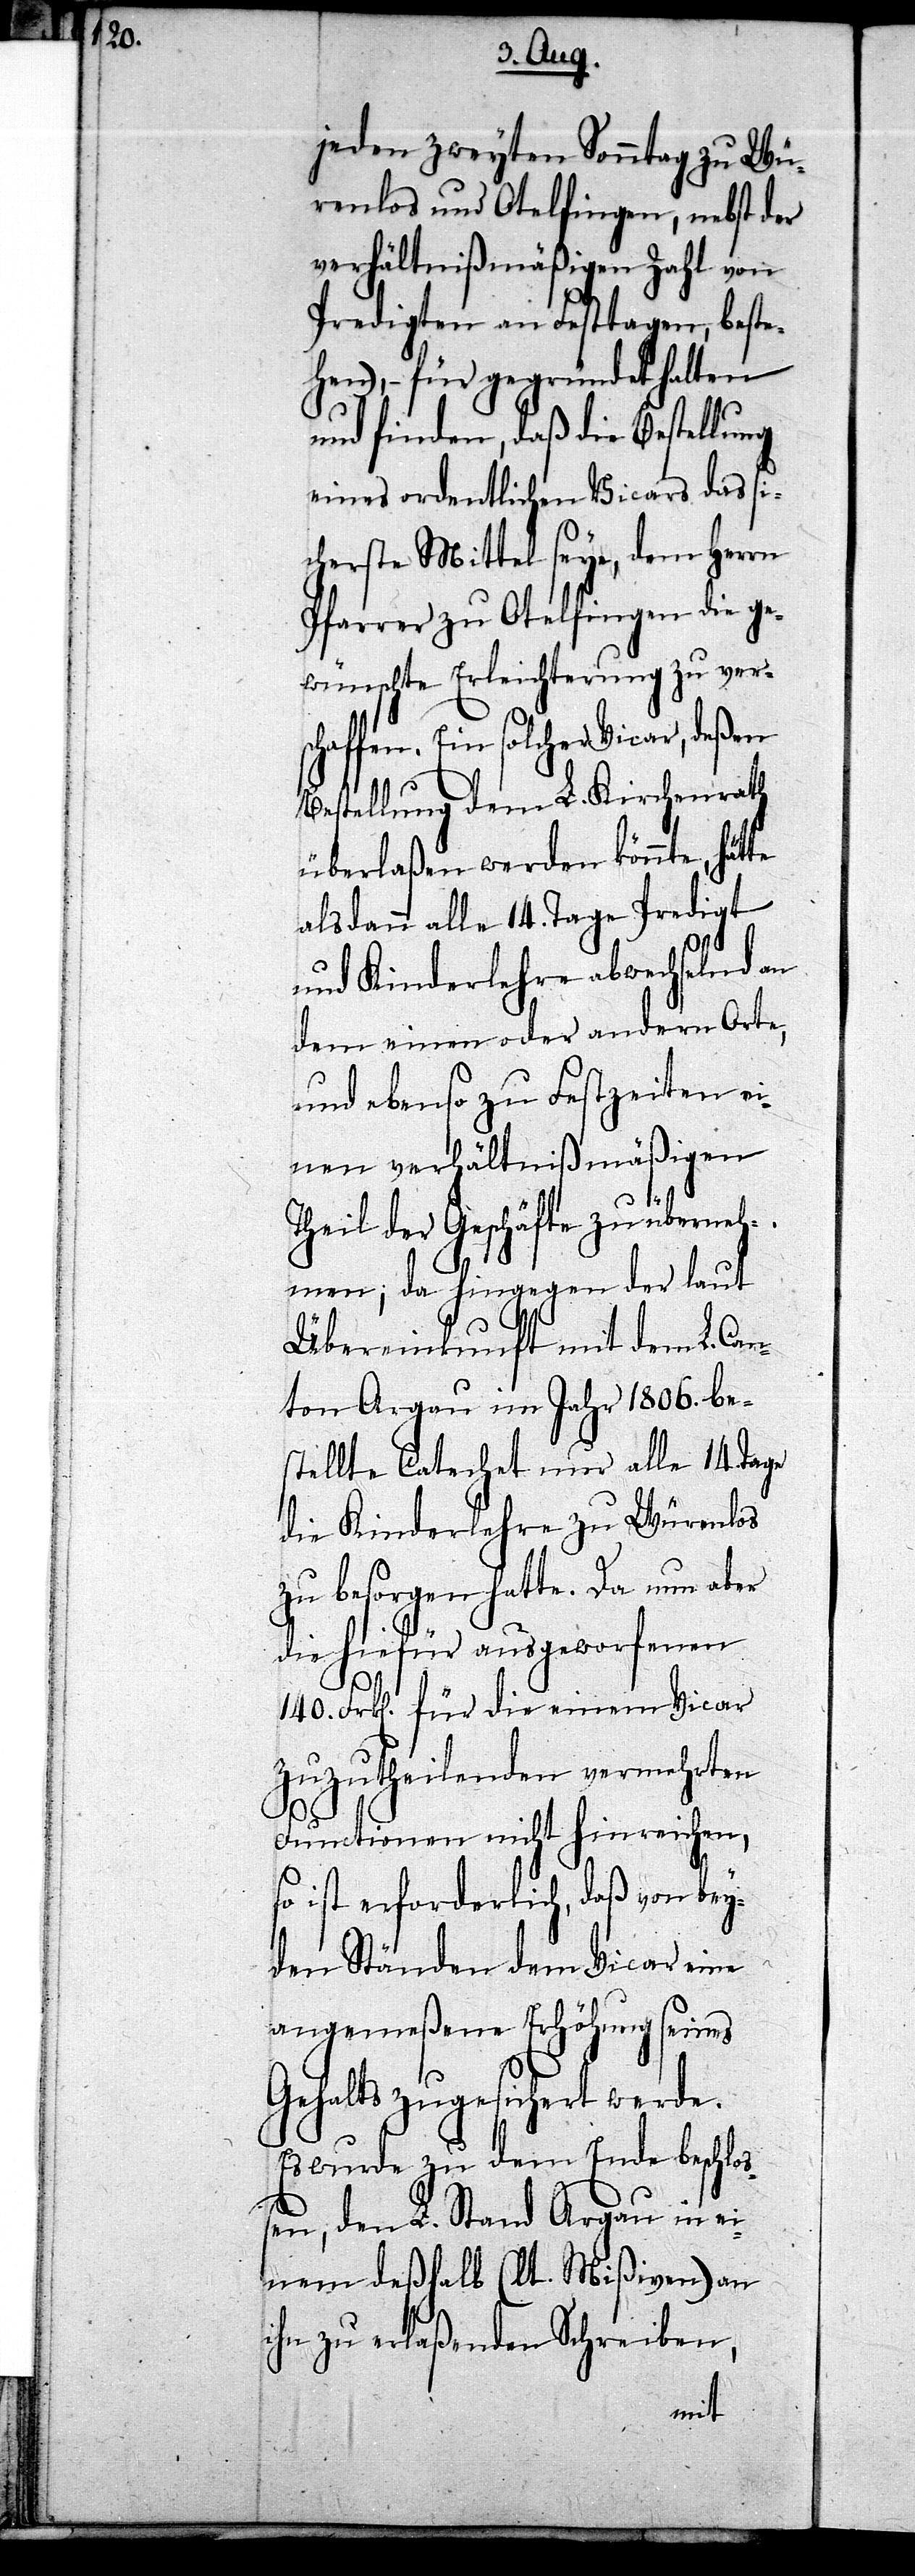
te

jeden zweyten Sonntag zu Wü¬
renlos und Otelfingen, nebst der
verhältnißmäßigen Zahl von
Predigten an Festtagen, beste¬
hen), – für gegründet halten
und finden, daß die Bestellung
eines ordentlichen Vicars das si¬
cherste Mittel seye, dem Herrn
Pfarrer zu Otelfingen die ge¬
wünschte Erleichterung zu vers¬
chaffen. Ein solcher Vicar, deßen
Bestellung dem L. Kirchenrath
überlaßen werden könnte, hät¬
als dann alle 14. Tage Predigt
und Kinderlehre abwechselnd an
dem einen oder andern Orte,
und ebenso zu Festzeiten ei¬
nen verhältnißmäßigen
Theil der Geschäfte zu überneh¬
men; da hingegen der laut
Übereinkunft mit dem L. Can¬
ton Aargau im Jahr 1806. be¬
stellte Catechet nur alle 14. Tage
die Kinderlehre zu Würenlos
zu besorgen hatte. Da nun aber
die hiefür ausgeworfenen
140. Frk[en]. für die einem Vicar
zuzutheilenden vermehrten
Functionen nicht hinreichen,
so ist erforderlich, daß von bey¬
den Ständen dem Vicar eine
angemeßene Erhöhung seines
Gehalts zugesichert werde.
Es wurde zu dem Ende beschloß¬
en, den L. Stand Aargau in ei¬
nem deßhalb (lt. Mißiven) an
ihn zu erlaßenden Schreiben,